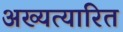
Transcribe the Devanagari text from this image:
अख्यत्यारित